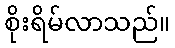
စိုးရိမ်လာသည်။